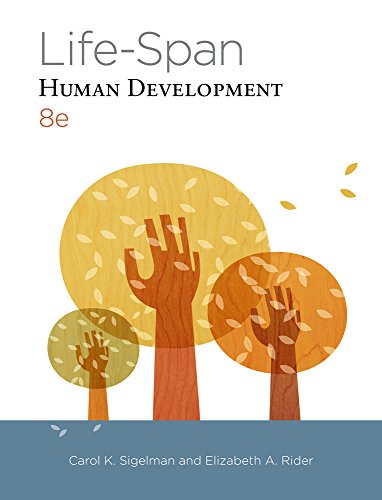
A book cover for Life-Span Human Development; Carol K. Sigelman; Medical Books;